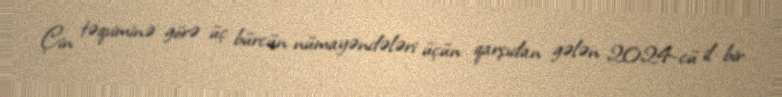
Çin təqviminə görə üç bürcün nümayəndələri üçün qarşıdan gələn 2024-cü il bir